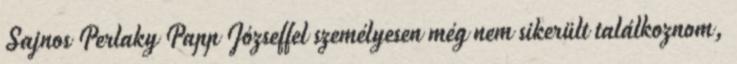
Sajnos Perlaky Papp Józseffel személyesen még nem sikerült találkoznom,